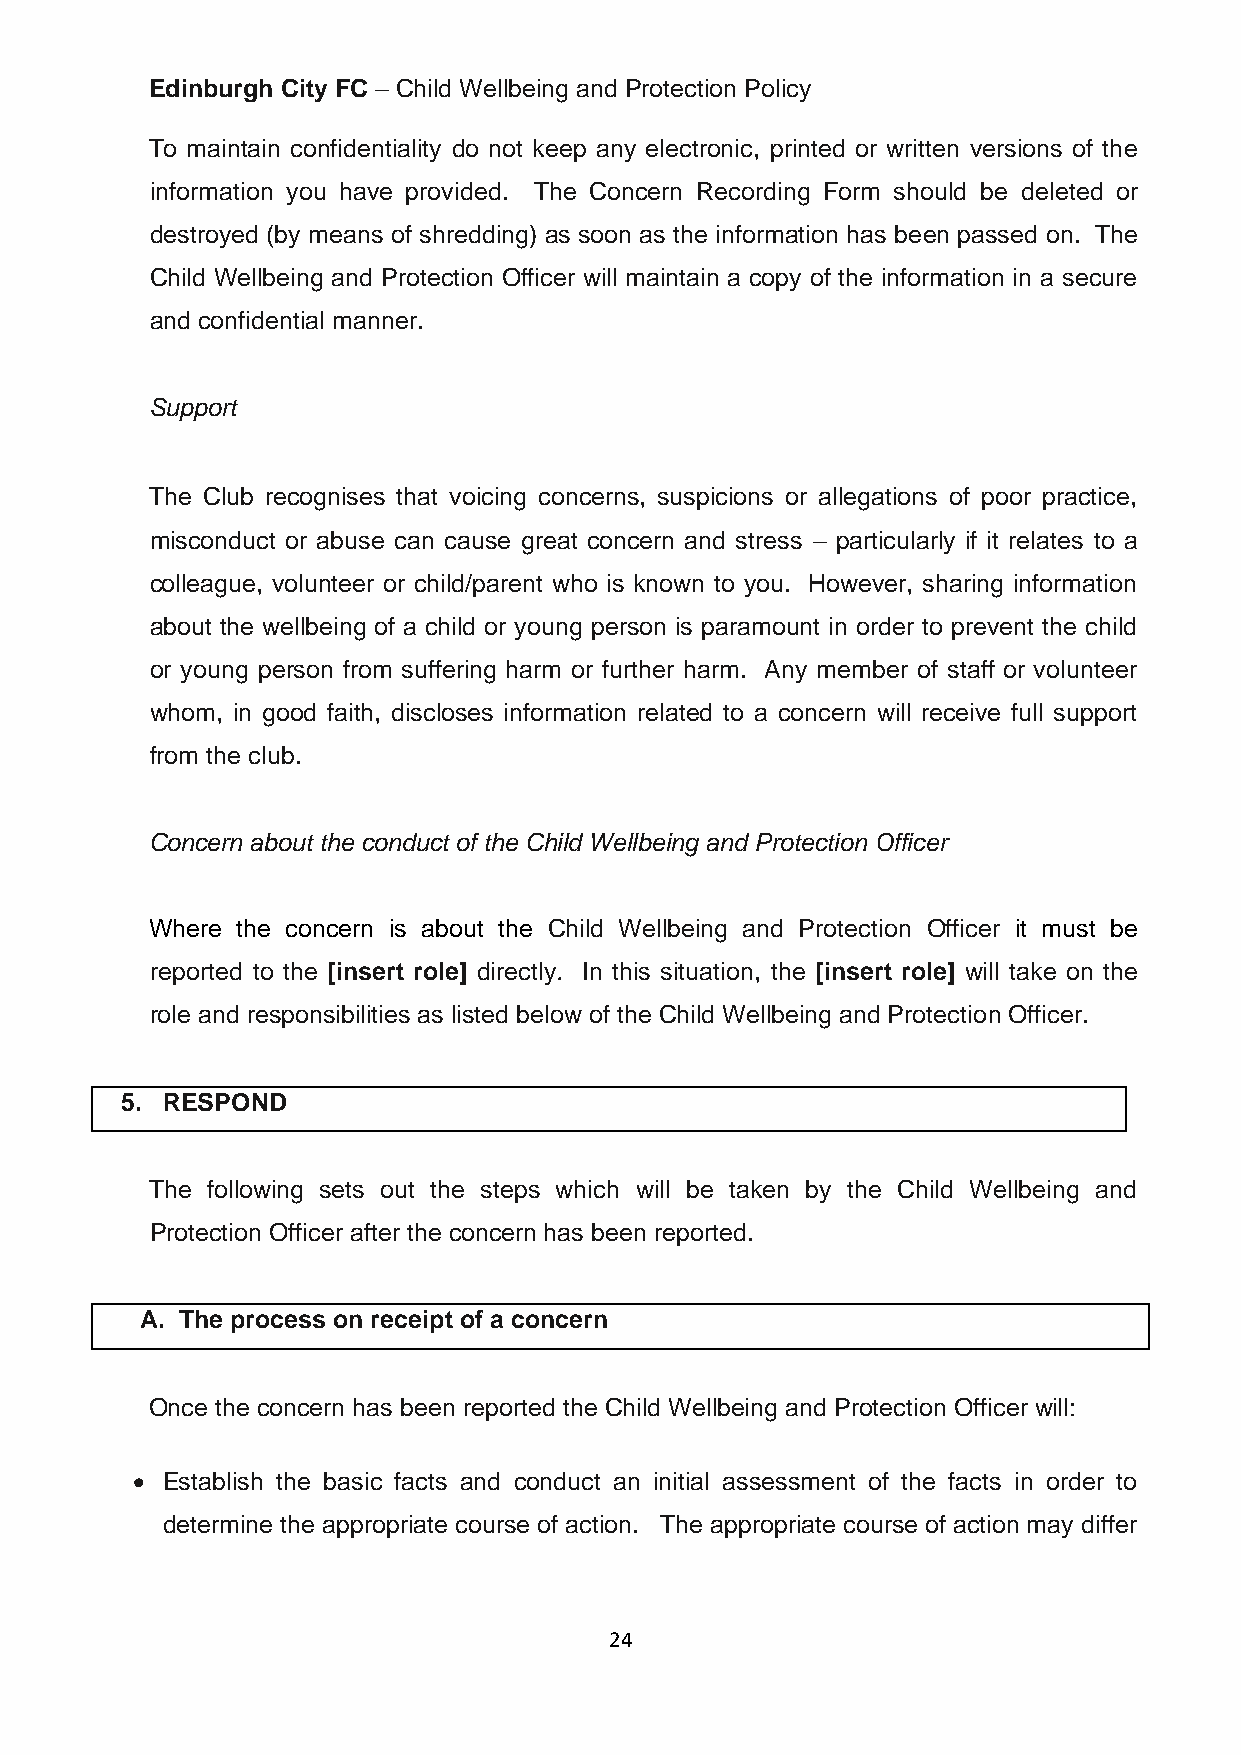
Edinburgh City FC – Child Wellbeing and Protection Policy
 To maintain confidentiality do not keep any electronic, printed or written versions of the
 information you have provided. The Concern Recording Form should be deleted or
 destroyed (by means of shredding) as soon as the information has been passed on. The
 Child Wellbeing and Protection Officer will maintain a copy of the information in a secure
 and confidential manner.
 Support
 The Club recognises that voicing concerns, suspicions or allegations of poor practice,
 misconduct or abuse can cause great concern and stress – particularly if it relates to a
 colleague, volunteer or child/parent who is known to you. However, sharing information
 about the wellbeing of a child or young person is paramount in order to prevent the child
 or young person from suffering harm or further harm. Any member of staff or volunteer
 whom, in good faith, discloses information related to a concern will receive full support
 from the club.
 Concern about the conduct of the Child Wellbeing and Protection Officer
 Where the concern is about the Child Wellbeing and Protection Officer it must be
 reported to the [insert role] directly. In this situation, the [insert role] will take on the
 role and responsibilities as listed below of the Child Wellbeing and Protection Officer.
 5. RESPOND
 The following sets out the steps which will be taken by the Child Wellbeing and
 Protection Officer after the concern has been reported.
 A. The process on receipt of a concern
 Once the concern has been reported the Child Wellbeing and Protection Officer will:
 • Establish the basic facts and conduct an initial assessment of the facts in order to
 determine the appropriate course of action. The appropriate course of action may differ
 24